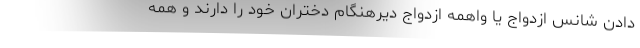
دادن شانس ازدواج یا واهمه ازدواج دیرهنگام دختران خود را دارند و همه